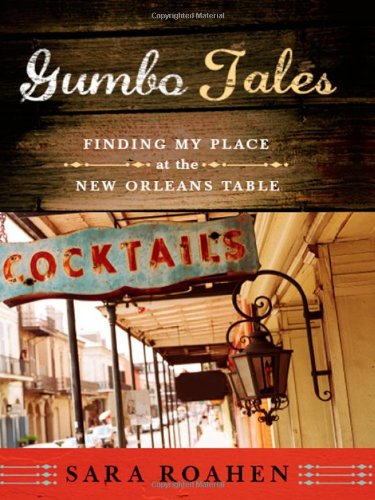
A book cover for Gumbo Tales: Finding My Place at the New Orleans Table; Sara Roahen; Cookbooks, Food & Wine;